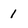
Character: 1